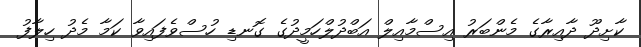
ކާށިދޫ ދާއިރާގެ މެންބަރު އިސްމާއިލް އަބްދުލްހަމީދުގެ ގޮނޑި ހުސްވެފައިވާ ކަމާ މެދު ހިލާފު